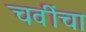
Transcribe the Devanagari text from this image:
चवींचा